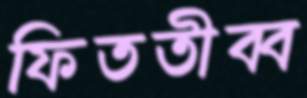
ফিততীব্ব